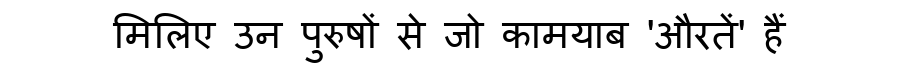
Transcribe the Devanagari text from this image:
मिलिए उन पुरुषों से जो कामयाब 'औरतें' हैं